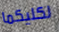
لكليكما